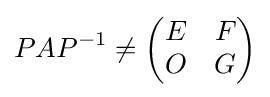
PAP^{-1}\neq {\begin{pmatrix}E&F\\O&G\end{pmatrix}}